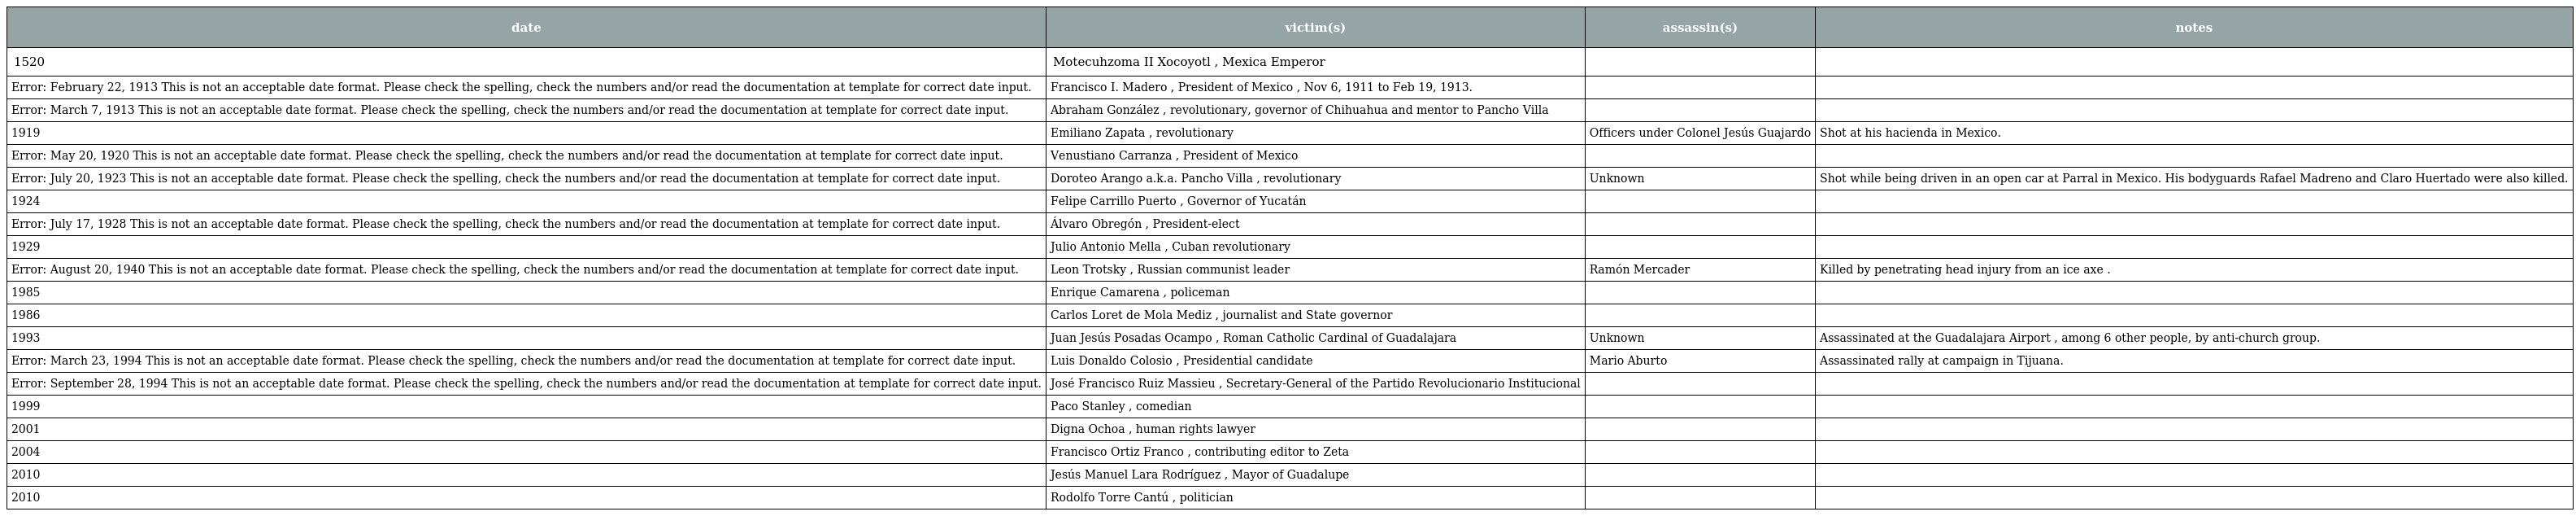
| date | victim(s) | assassin(s) | notes |
 | --- | --- | --- | --- |
 | 1520 | Motecuhzoma II Xocoyotl , Mexica Emperor |  |  |
 | Error: February 22, 1913 This is not an acceptable date format. Please check the spelling, check the numbers and/or read the documentation at template for correct date input. | Francisco I. Madero , President of Mexico , Nov 6, 1911 to Feb 19, 1913. |  |  |
 | Error: March 7, 1913 This is not an acceptable date format. Please check the spelling, check the numbers and/or read the documentation at template for correct date input. | Abraham González , revolutionary, governor of Chihuahua and mentor to Pancho Villa |  |  |
 | 1919 | Emiliano Zapata , revolutionary | Officers under Colonel Jesús Guajardo | Shot at his hacienda in Mexico. |
 | Error: May 20, 1920 This is not an acceptable date format. Please check the spelling, check the numbers and/or read the documentation at template for correct date input. | Venustiano Carranza , President of Mexico |  |  |
 | Error: July 20, 1923 This is not an acceptable date format. Please check the spelling, check the numbers and/or read the documentation at template for correct date input. | Doroteo Arango a.k.a. Pancho Villa , revolutionary | Unknown | Shot while being driven in an open car at Parral in Mexico. His bodyguards Rafael Madreno and Claro Huertado were also killed. |
 | 1924 | Felipe Carrillo Puerto , Governor of Yucatán |  |  |
 | Error: July 17, 1928 This is not an acceptable date format. Please check the spelling, check the numbers and/or read the documentation at template for correct date input. | Álvaro Obregón , President-elect |  |  |
 | 1929 | Julio Antonio Mella , Cuban revolutionary |  |  |
 | Error: August 20, 1940 This is not an acceptable date format. Please check the spelling, check the numbers and/or read the documentation at template for correct date input. | Leon Trotsky , Russian communist leader | Ramón Mercader | Killed by penetrating head injury from an ice axe . |
 | 1985 | Enrique Camarena , policeman |  |  |
 | 1986 | Carlos Loret de Mola Mediz , journalist and State governor |  |  |
 | 1993 | Juan Jesús Posadas Ocampo , Roman Catholic Cardinal of Guadalajara | Unknown | Assassinated at the Guadalajara Airport , among 6 other people, by anti-church group. |
 | Error: March 23, 1994 This is not an acceptable date format. Please check the spelling, check the numbers and/or read the documentation at template for correct date input. | Luis Donaldo Colosio , Presidential candidate | Mario Aburto | Assassinated rally at campaign in Tijuana. |
 | Error: September 28, 1994 This is not an acceptable date format. Please check the spelling, check the numbers and/or read the documentation at template for correct date input. | José Francisco Ruiz Massieu , Secretary-General of the Partido Revolucionario Institucional |  |  |
 | 1999 | Paco Stanley , comedian |  |  |
 | 2001 | Digna Ochoa , human rights lawyer |  |  |
 | 2004 | Francisco Ortiz Franco , contributing editor to Zeta |  |  |
 | 2010 | Jesús Manuel Lara Rodríguez , Mayor of Guadalupe |  |  |
 | 2010 | Rodolfo Torre Cantú , politician |  |  |